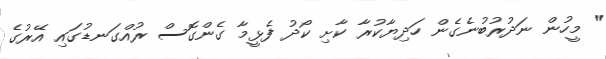
" މީހުން ނަދުރުބުނެގެން ހަދިޔާކުރާ ކާށި ކޯދު ފެޅީމާ ގެންގޮސް ރުއްގަނޑުގައި އޭރުގެ